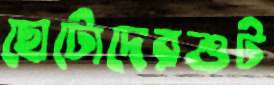
ছোটোদেরশুট